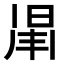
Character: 𣇑